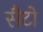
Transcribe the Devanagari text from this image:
सैटो